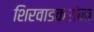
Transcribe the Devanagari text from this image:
शिरवाडकरांना